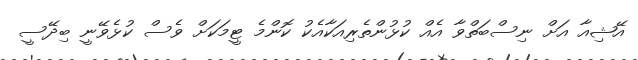
އޭޝިއާ އަށް ނިސްބަތްވާ އެއް ކުޅުންތެރިއަކާއެކު ކޮންމެ ޓީމަކަށް ވެސް ކުޅެވޭނީ ބިދޭސީ